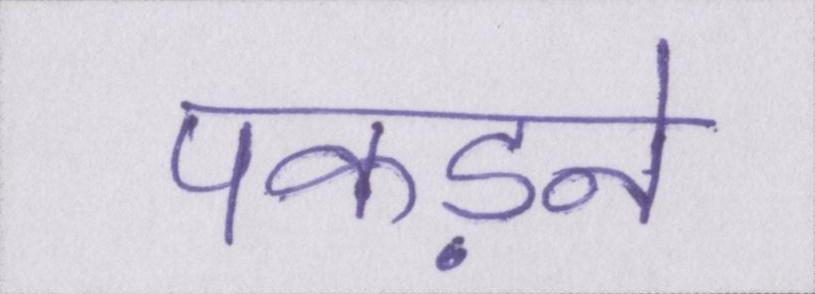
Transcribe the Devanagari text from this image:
पकड़ने